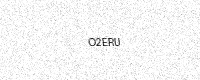
Text: O2ERU